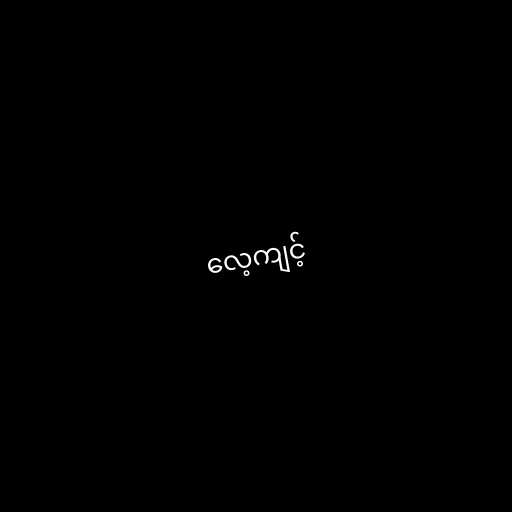
လေ့ကျင့်